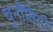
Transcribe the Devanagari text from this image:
चुनौंतियों